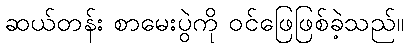
ဆယ်တန်း စာမေးပွဲကို ဝင်ဖြေဖြစ်ခဲ့သည်။